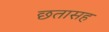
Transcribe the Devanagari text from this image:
छतासह